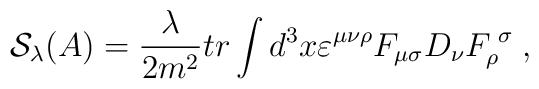
\mathcal{S}_\lambda (A)=\frac \lambda {2m^2}tr\int d^3x\varepsilon ^{\mu \nu\rho }F_{\mu \sigma }D_\nu F_\rho ^{\;\sigma }\;,